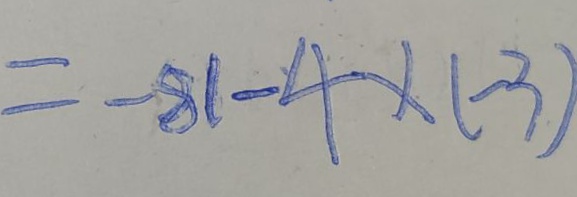
= - 8 1 - 4 \times ( - 3 )